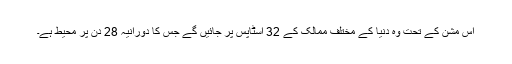
اس مشن کے تحت وہ دنیا کے مختلف ممالک کے 32 اسٹاپس پر جائیں گے جس کا دورانیہ 28 دن پر محیط ہے۔